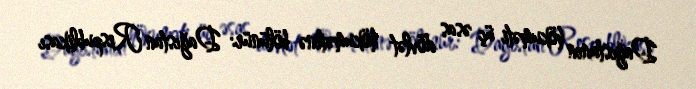
Dağıstanın hökuməti üç əsas dövlət hökumətinə bölünür: Dağıstan Respublikası